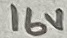
Text: 16V